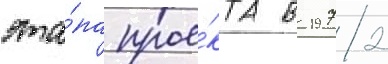
эта́па прое́кта в 1972